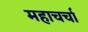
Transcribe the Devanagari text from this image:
महाचर्चा